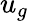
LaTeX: u_{g}